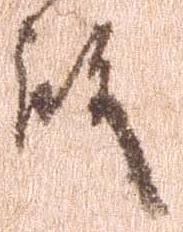
殿